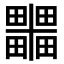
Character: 𭻹